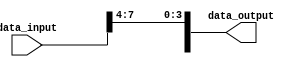
module bit_select_example (
    input [7:0] data_input,
    output reg [7:0] data_output
);

// Bit-select assign statement
assign data_output[3:0] = data_input[7:4]; // Assign bits 7 to 4 of data_input to bits 3 to 0 of data_output

endmodule